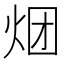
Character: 𰞏